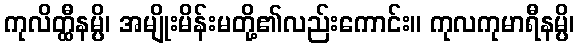
ကုလိတ္ထီနမ္ပိ၊ အမျိုးမိန်းမတို့၏လည်းကောင်း။ ကုလကုမာရီနမ္ပိ၊